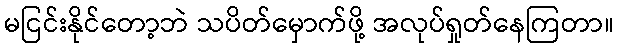
မငြင်းနိုင်တော့ဘဲ သပိတ်မှောက်ဖို့ အလုပ်ရှုတ်နေကြတာ။